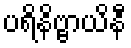
ပရိနိဗ္ဗာယိနီ